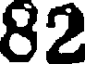
82